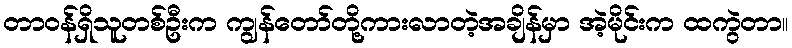
တာဝန်ရှိသူတစ်ဦးက ကျွန်တော်တို့ကားလာတဲ့အချိန်မှာ အဲ့မိုင်းက ထကွဲတာ။